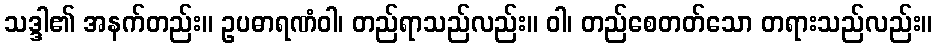
သဒ္ဒါ၏ အနက်တည်း။ ဥပဓာရဏံဝါ၊ တည်ရာသည်လည်း။ ဝါ၊ တည်စေတတ်သော တရားသည်လည်း။